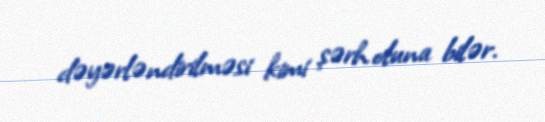
dəyərləndirilməsi kimi şərh oluna bilər.